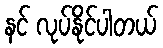
နင် လုပ်နိုင်ပါတယ်